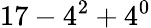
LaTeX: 17-4^{2}+4^{0}